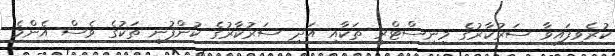
ކުރެވިފައިވާ ސަރުކާރުގެ މިނިސްޓްރީ ތަކާއި އަދި ސަރުކާރުގެ ކުންފުނި ތަކުގެ ވެސް އެންމެ